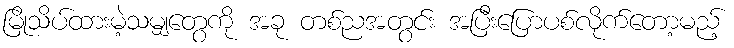
မြိုသိပ်ထားမဲ့သမျှတွေကို အခု တစ်ညအတွင်း အပြီးပြောပစ်လိုက်တော့မည့်